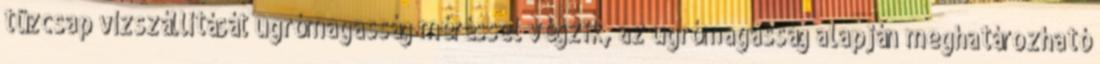
tûzcsap vízszállítását ugrómagasság méréssel végzik, az ugrómagasság alapján meghatározható